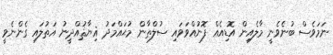
ނަމަވެސް ބުނެވެނީ މާލެއިން އޮޑިއެއް ފޮނުއްވަވައި ސުލްޠާން މުޙައްމަދު ޣިޔާޘުއްދީނު އަތުލައި ގެންނެވީ